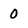
Character: 0